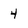
Character: 4